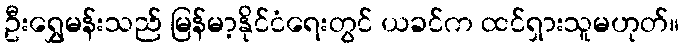
ဦးရွှေမန်းသည် မြန်မာ့နိုင်ငံရေးတွင် ယခင်က ထင်ရှားသူမဟုတ်။